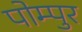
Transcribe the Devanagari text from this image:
पोम्पुर